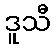
ဒူသီ